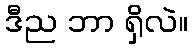
ဒီည ဘာ ရှိလဲ။